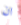
ان